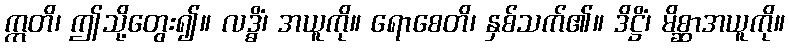
ဣတိ၊ ဤသို့တွေး၍။ လဒ္ဓိံ၊ အယူကို။ ရောစေတိ၊ နှစ်သက်၏။ ဒိဋ္ဌိံ၊ မိစ္ဆာအယူကို။